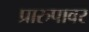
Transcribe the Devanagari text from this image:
प्रारुपावर